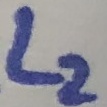
Text: L2